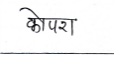
मजकूर: कोपरा